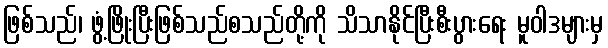
ဖြစ်သည်၊ ဖွံ့ဖြိုးပြီးဖြစ်သည်စသည်တို့ကို သိသာနိုင်ပြီးစီးပွားရေး မူဝါဒများမှ